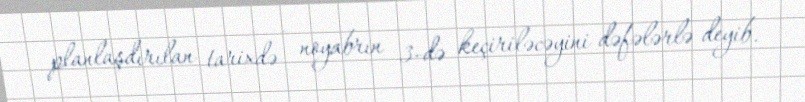
planlaşdırılan tarixdə - noyabrın 3-də keçiriləcəyini dəfələrlə deyib.